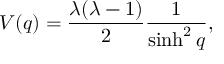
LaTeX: V ( q ) = \frac { \lambda ( \lambda - 1 ) } { 2 } \frac { 1 } { \sinh ^ { 2 } q } ,